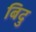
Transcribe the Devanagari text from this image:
बिदु